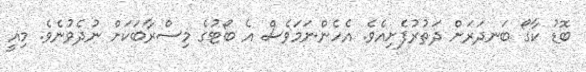
ބޮޑު ކާގޯ ބަނދަރަށް ދަތުރުފެށިއެވެ. އެހެންނަމަވެސް އެ ބޯޓުގެ މިސްރާބަކަށް ނުދެވުނެވެ. މިއީ